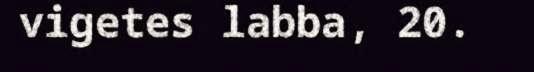
vigetes labba, 20.